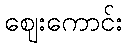
ဈေးကောင်း